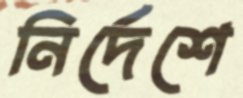
নির্দেশে